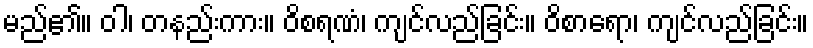
မည်၏။ ဝါ၊ တနည်းကား။ ဝိစရဏံ၊ ကျင်လည်ခြင်း။ ဝိစာရော၊ ကျင်လည်ခြင်း။